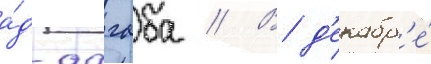
а́д-дагаба // В д'екабр'е́